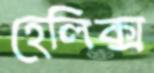
হেলিক্স